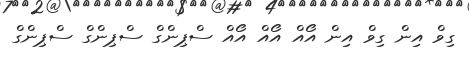
ގިވް އިން ގިވް އިން އޯއް އޯއް އޯއް ސްޕިންގް ސްޕިންގް ސްޕިންގް